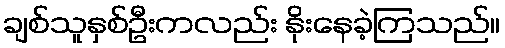
ချစ်သူနှစ်ဦးကလည်း နိုးနေခဲ့ကြသည်။